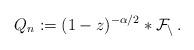
LaTeX: \begin{align*}Q_n:=(1-z)^{-\alpha/2}\ast \cal{F}_n\,.\end{align*}